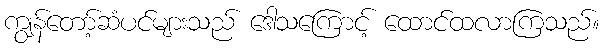
ကျွန်တော့်ဆံပင်များသည် ဒေါသကြောင့် ထောင်ထလာကြသည်။